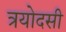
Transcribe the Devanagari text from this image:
त्रयोदसी